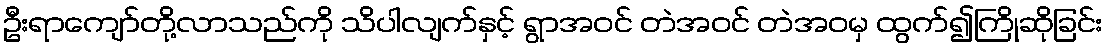
ဦးရာကျော်တို့လာသည်ကို သိပါလျက်နှင့် ရွာအဝင် တဲအဝင် တဲအဝမှ ထွက်၍ကြိုဆိုခြင်း